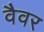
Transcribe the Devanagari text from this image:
वैवर